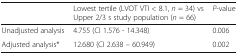
<table><thead><tr><td></td><td><b>Lowest tertile (LVOT VTI &lt; 8.1, <i>n</i> = 34) vs Upper 2/3 s study population (<i>n</i> = 66)</b></td><td><b><i>P</i>-value</b></td></tr></thead><tbody><tr><td>Unadjusted analysis</td><td>4.755 (CI 1.576 - 14.348)</td><td>0.006</td></tr><tr><td>Adjusted analysis*</td><td>12.680 (CI 2.638 – 60.949)</td><td>0.002</td></tr></tbody></table>